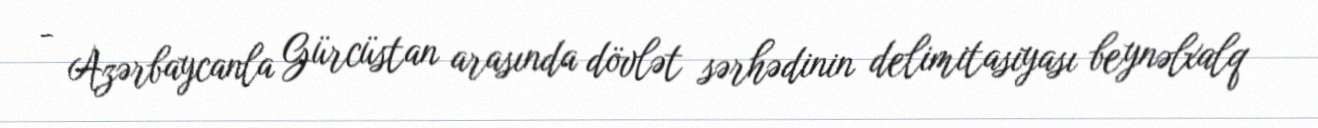
- Azərbaycanla Gürcüstan arasında dövlət sərhədinin delimitasiyası beynəlxalq